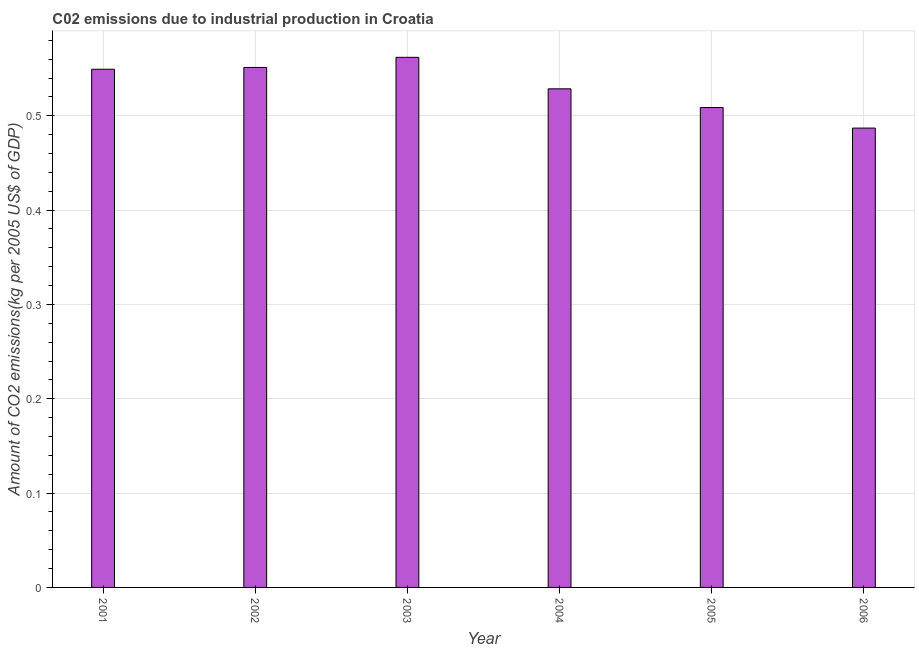
| Year | CO2 emissions  |
 | --- | --- |
 | 2001 | 0.549 |
 | 2002 | 0.551 |
 | 2003 | 0.562 |
 | 2004 | 0.529 |
 | 2005 | 0.509 |
 | 2006 | 0.487 |